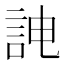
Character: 𮘁